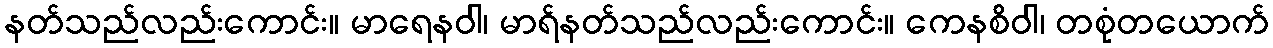
နတ်သည်လည်းကောင်း။ မာရေနဝါ၊ မာရ်နတ်သည်လည်းကောင်း။ ကေနစိဝါ၊ တစုံတယောက်